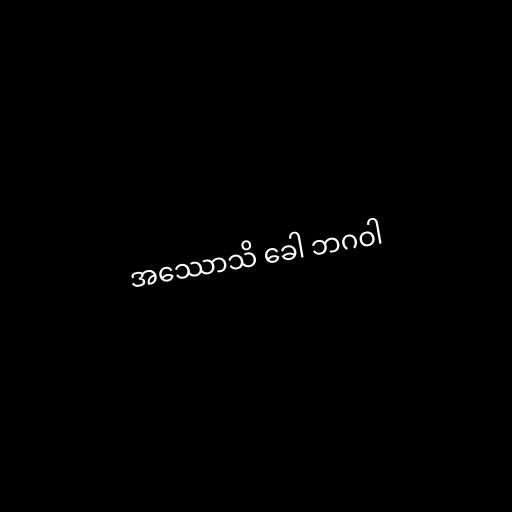
အဿောသိ ခေါ ဘဂဝါ